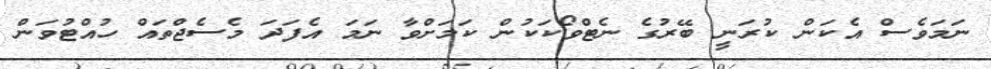
ނަމަވެސް އެކަން ކުރަނީ ބޭރުގެ ނެޓްވޯކަކުން ކަމަށްވާ ނަމަ އެފަދަ މެސެޖްތައް ހުއްޓުވަން